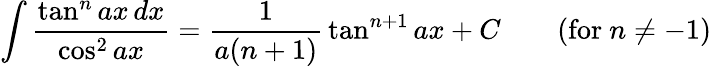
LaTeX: \int{\frac{\tan^{n}ax\, dx}{\cos^{2}ax}}={\frac{1}{a(n+1)}}\tan^{n+1}ax+C\qquad{\mathrm{(for~}}n\neq-1{\mathrm{)}}